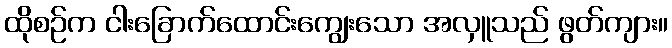
ထိုစဉ်က ငါးခြောက်ထောင်းကျွေးသော အလှူသည် ဖွတ်ကျား။